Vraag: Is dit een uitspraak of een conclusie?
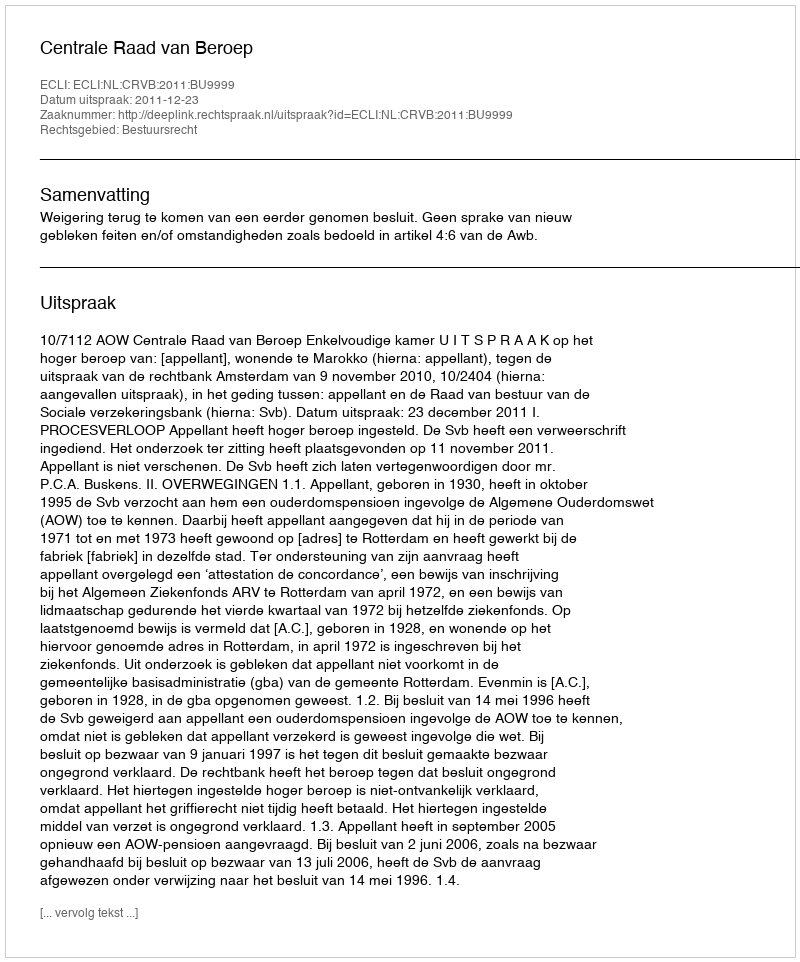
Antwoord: Uitspraak